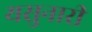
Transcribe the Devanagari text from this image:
यसुनारी